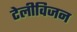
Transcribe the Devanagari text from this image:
टेलीविजन